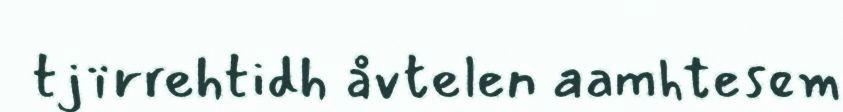
tjïrrehtidh åvtelen aamhtesem